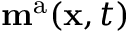
\mathbf { m } ^ { \mathrm { a } } ( \mathbf { x } , t )